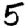
Digit: 5